Calcutta medical institutions reports 1871-78
Year: 1871
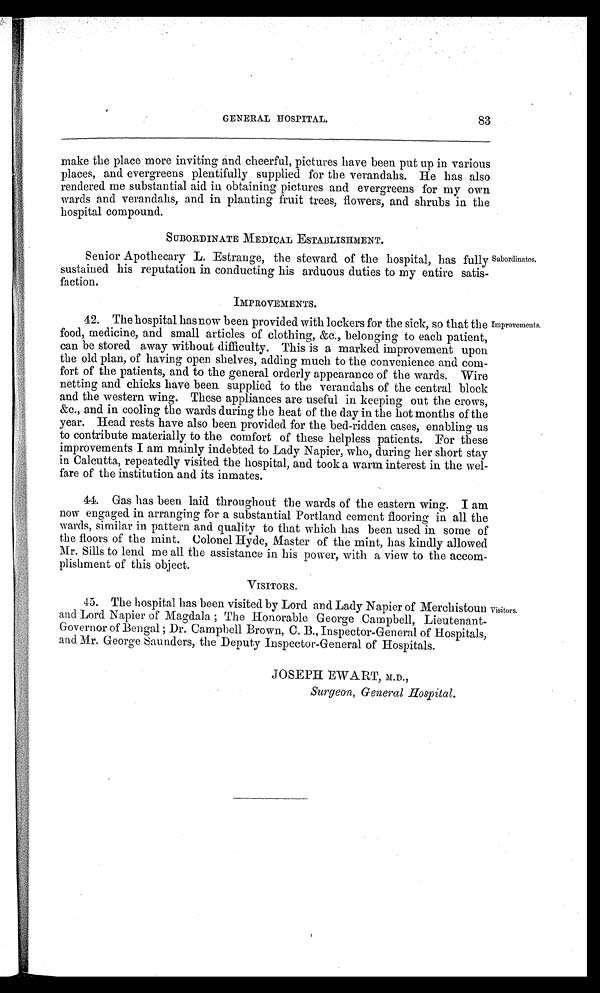
83
GENERAL HOSPITAL.
make the place more inviting and cheerful, pictures have been put up in various
places, and evergreens plentifully supplied for the verandahs. He has also
rendered me substantial aid in obtaining pictures and evergreens for my own
wards and verandahs, and in planting fruit trees, flowers, and shrubs in the
hospital compound.
SUBORDINATE MEDICAL ESTABLISHMENT.
Senior Apothecary L. Estrange, the steward of the hospital, has fully
sustained his reputation in conducting his arduous duties to my entire satis-
faction.
IMPROVEMENTS.
42. The hospital has now been provided with lockers for the sick, so that the
food, medicine, and small articles of clothing, &c., belonging to each patient,
can be stored away without difficulty. This is a marked improvement upon
the old plan, of having open shelves, adding much to the convenience and com-
fort of the patients, and to the general orderly appearance of the wards. Wire
netting and chicks have been supplied to the verandahs of the central block
and the western wing. These appliances are useful in keeping out the crows,
&c., and in cooling the wards during the heat of the day in the hot months of the
year. Head rests have also been provided for the bed-ridden cases, enabling us
to contribute materially to the comfort of these helpless patients. For these
improvements I am mainly indebted to Lady Napier, who, during her short stay
in Calcutta, repeatedly visited the hospital, and took a warm interest in the wel-
fare of the institution and its inmates.
44. Gas has been laid throughout the wards of the eastern wing.
I am
now engaged in arranging for a substantial Portland cement flooring in all the
wards, similar in pattern and quality to that which has been used in some of
the floors of the mint. Colonel Hyde, Master of the mint, has kindly allowed
Mr. Sills to lend me all the assistance in his power, with a view to the accom-
plishment of this object.
VISITORS.
45. The hospital has been visited by Lord and Lady Napier of Merchistoun
and Lord Napier of Magdala ; The Honorable George Campbell, Lieutenant-
Governor of Bengal ; Dr. Campbell Brown, C. B., Inspector-General of Hospitals,
and Mr. George Saunders, the Deputy Inspector-General of Hospitals.
JOSEPH EWART,
M . D . ,
Surgeon, General Hospital.
Subordinates.
Improvements.
Visitors.